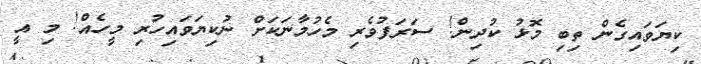
ކިޔަވައިގެން ތިބި މޮޅު ކުދިން! ސަރަފުވެރި މެހުމާނަކަށް ނުކިޔަވައިހުރި މީހެއް! މި އީ